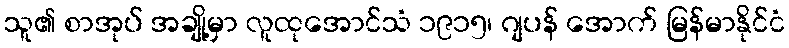
သူ၏ စာအုပ် အချို့မှာ လူထုအောင်သံ ၁၉၁၅၊ ဂျပန် အောက် မြန်မာနိုင်ငံ